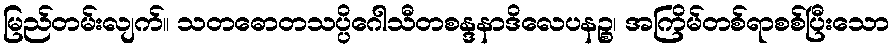
မြည်တမ်းလျက်။ သတဓောတသပ္ပိဂေါသီတစန္ဒနာဒိလေပနဉ္စ၊ အကြိမ်တစ်ရာစစ်ပြီးသော